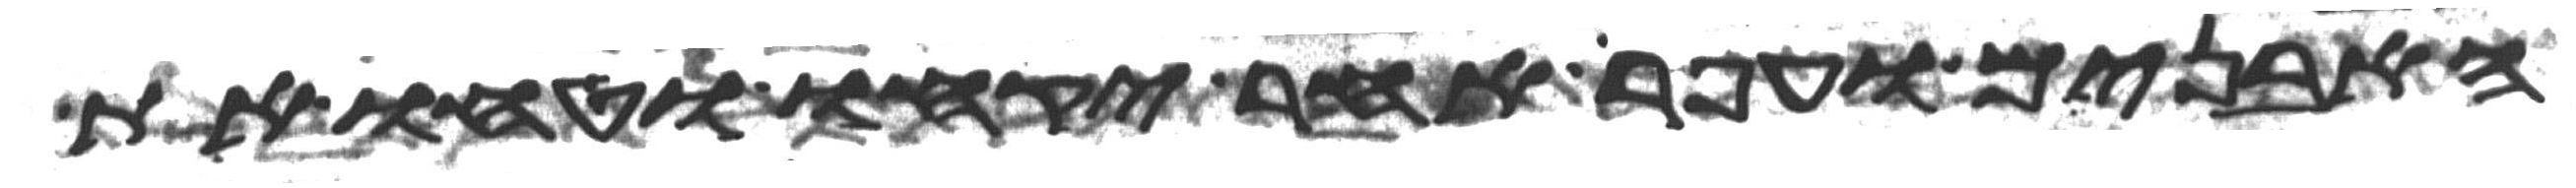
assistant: האבנים ועפר אחר יקחו וטחו את